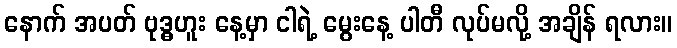
နောက် အပတ် ဗုဒ္ဓဟူး နေ့မှာ ငါရဲ့ မွေးနေ့ ပါတီ လုပ်မလို့ အချိန် ရလား။